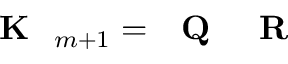
\textrm { \textbf { K } } _ { m + 1 } = \textrm { \textbf { Q } } \textrm { \textbf { R } }